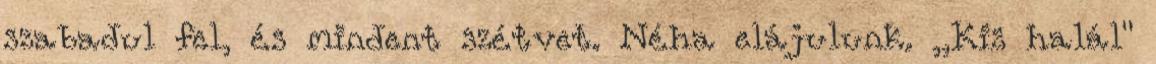
szabadul fel, és mindent szétvet. Néha elájulunk. ,,Kis halál"